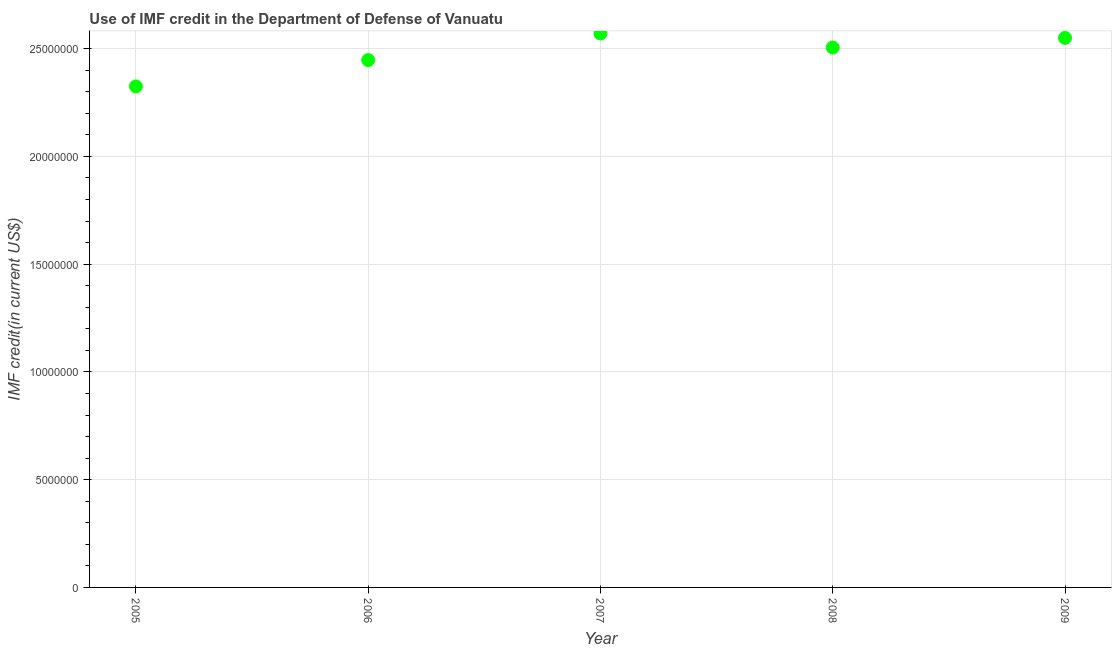
| Year | Use of IMF credit (DOD |
 | --- | --- |
 | 2005 | 2.32e+07 |
 | 2006 | 2.45e+07 |
 | 2007 | 2.57e+07 |
 | 2008 | 2.51e+07 |
 | 2009 | 2.55e+07 |